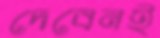
দেবেনই